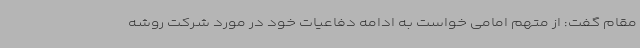
مقام گفت: از متهم امامی خواست به ادامه دفاعیات خود در مورد شرکت روشه